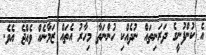
އެ ކުންފުނީގެ ދަރަނިތައް ނުދެއްކި ހުންނަތާ މިހާރު އެތައް ޒަމާނެއް ވެއްޖެ އެވެ.